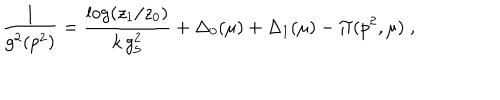
\frac { 1 } { g ^ { 2 } ( p ^ { 2 } ) } = \frac { \log ( z _ { 1 } / z _ { 0 } ) } { k \, g _ { 5 } ^ { 2 } } + \Delta _ { 0 } ( \mu ) + \Delta _ { 1 } ( \mu ) - \Pi ( p ^ { 2 } , \mu ) \; ,